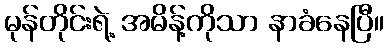
မုန်တိုင်းရဲ့ အမိန့်ကိုသာ နာခံနေပြီ။